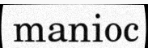
manioc